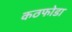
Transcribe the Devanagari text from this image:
कठफोडा